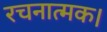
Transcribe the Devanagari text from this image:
रचनात्मक।